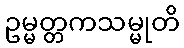
ဥမ္မတ္တကသမ္မုတိ